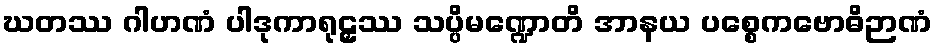
ဃတဿ ဂါဟဏံ ပါဒုကာရုဠှဿ သပ္ပိမဏ္ဍောတိ အာနယ ပစ္စေကဗောဓိဉာဏံ